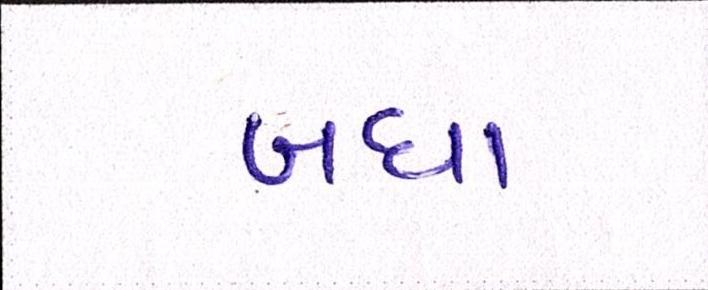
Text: બધા